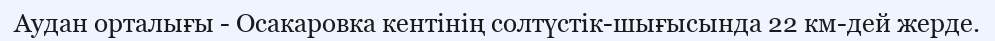
Аудан орталығы - Осакаровка кентінің солтүстік-шығысында 22 км-дей жерде.